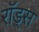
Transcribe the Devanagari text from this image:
राॅड्स